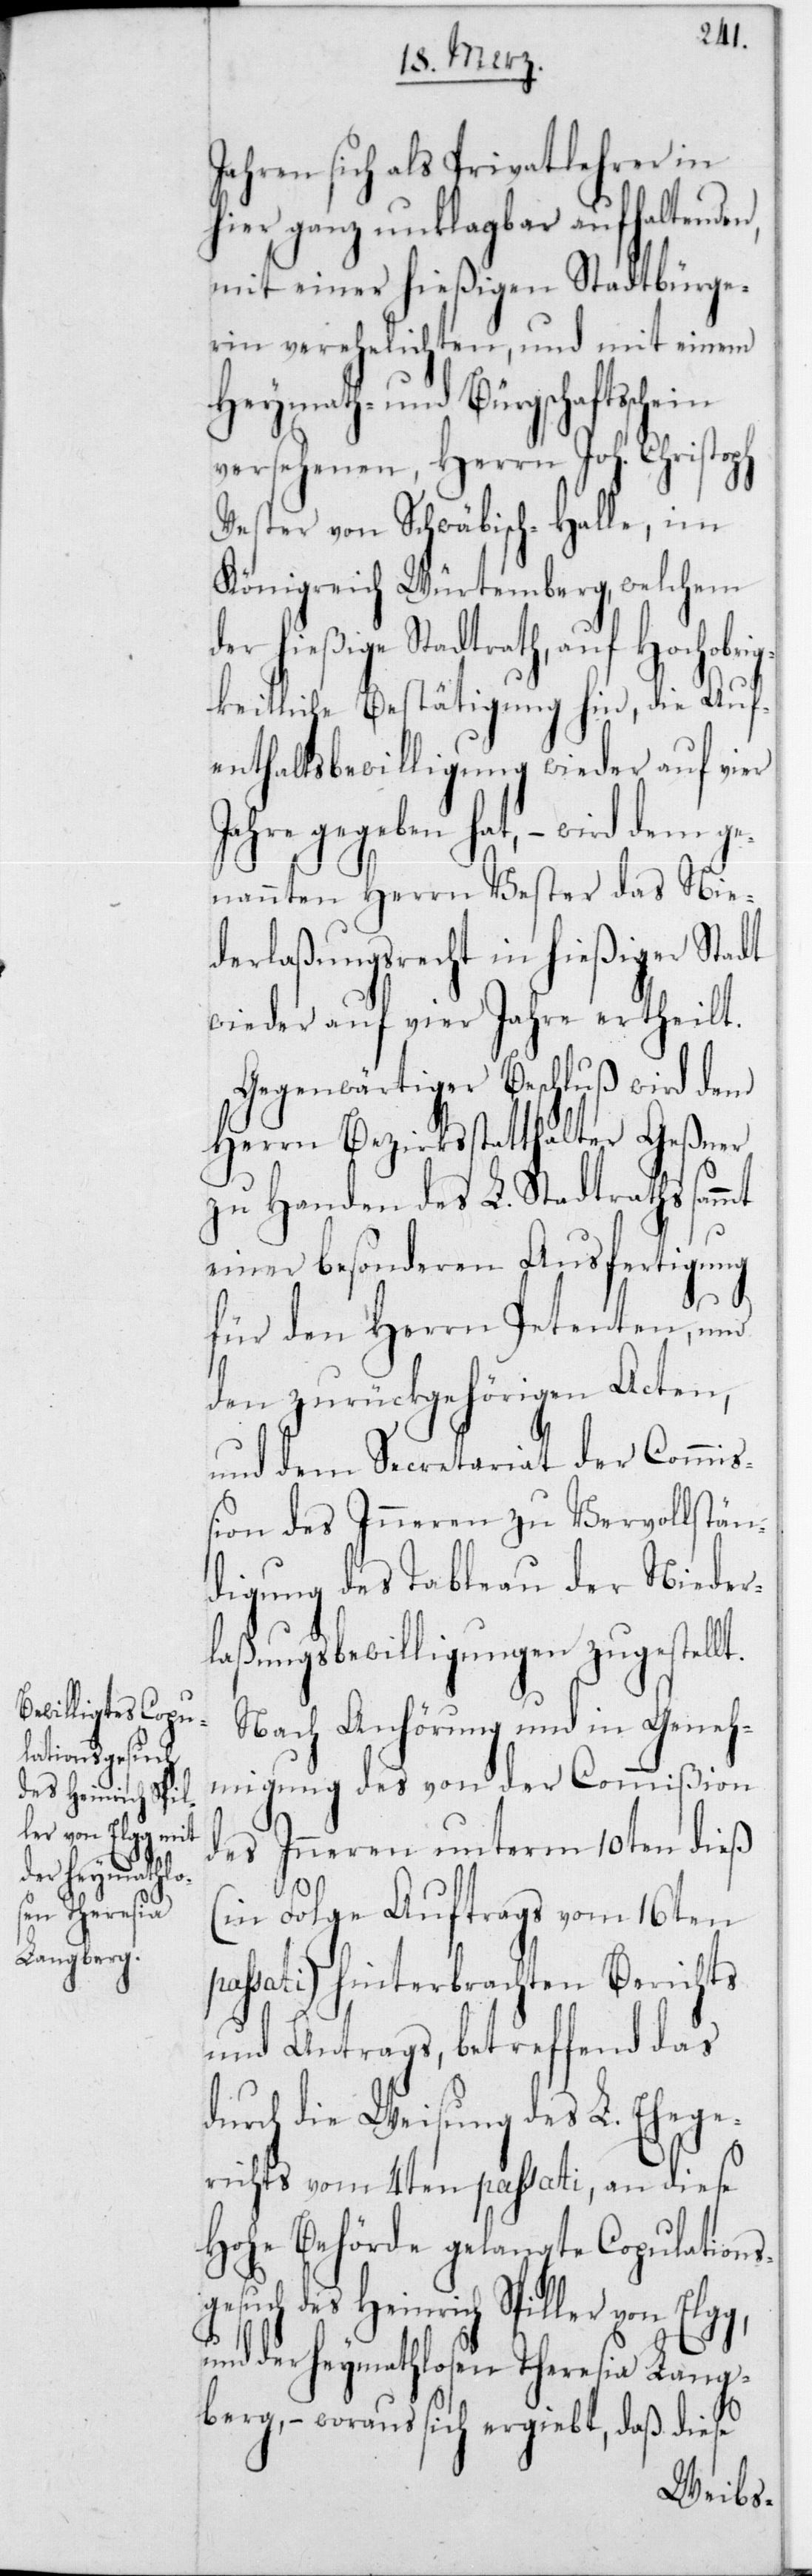
der Commiß¬

Jahren sich als Privatlehrer in
fertigung
a¬
hier ganz unkl¬
iger
mit einer hießigen St¬
rin verehelichten,
mit einem
Heymath- und Bürgschaftssch¬
versehenen, Herrn
Vester von Schwäbisch-Ha¬
Königreich Würtemb¬
der hießige Stadtrath,
g,
keitliche Bestätig¬
enthaltsbewilligung
gegeben hat,
nannten Herrn Vest¬
derlassungsrecht in hieß¬
wieder auf vier Jahre
Gegenwärtiger Beschluß
Herrn Bezirksstatthalter Geßn¬
t.
zu Handen des L. Stad¬
einer besonderen Aus¬
und
für den Herrn Pet¬
den zurückgehörigen
ung
und dem Secretariat
ion des Innern zu Vervollstän¬
digung des Tableau der Nieder¬
laßungsbewilligungen zugestell¬
Nach Anhörung und in Geneh¬
ißion
migung des von der Comm¬
des Innern unterm 10ten dieß
(in Folge Auftrags vom 16ten
passati) hinterbrachten Berichts
und Antrags, betreffend das
durch die Weisung des L. Ehege¬
richts vom 4ten passati, an diese
Hohe Behörde gelangte Copulations¬
gesuch des Heinrich Spiller von Elg¬
und der Heymathlosen Theresia Lang¬
berg, – woraus sich ergiebt, daß diese

traths

enten,